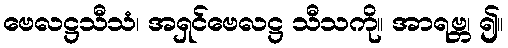
ဗေလဋ္ဌသီသံ၊ အရှင်ဗေလဋ္ဌ သီသကို။ အာရဗ္ဘ၊ ၍။